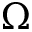
\Omega